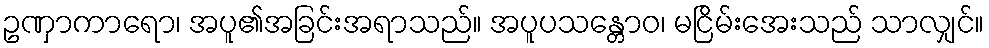
ဥဏှာကာရော၊ အပူ၏အခြင်းအရာသည်။ အပူပသန္တောဝ၊ မငြိမ်းအေးသည် သာလျှင်။